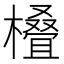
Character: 𣜖